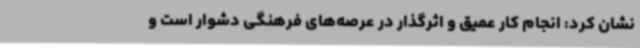
نشان کرد: انجام کار عمیق و اثرگذار در عرصه‌های فرهنگی دشوار است و